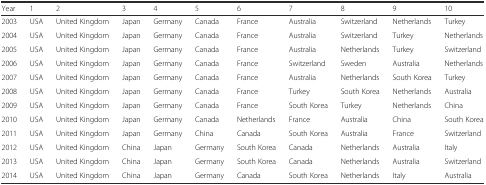
<table><thead><tr><td><b>Year</b></td><td><b>1</b></td><td><b>2</b></td><td><b>3</b></td><td><b>4</b></td><td><b>5</b></td><td><b>6</b></td><td><b>7</b></td><td><b>8</b></td><td><b>9</b></td><td><b>10</b></td></tr></thead><tbody><tr><td>2003</td><td>USA</td><td>United Kingdom</td><td>Japan</td><td>Germany</td><td>Canada</td><td>France</td><td>Australia</td><td>Switzerland</td><td>Netherlands</td><td>Turkey</td></tr><tr><td>2004</td><td>USA</td><td>United Kingdom</td><td>Japan</td><td>Germany</td><td>Canada</td><td>France</td><td>Australia</td><td>Switzerland</td><td>Turkey</td><td>Netherlands</td></tr><tr><td>2005</td><td>USA</td><td>United Kingdom</td><td>Japan</td><td>Germany</td><td>Canada</td><td>France</td><td>Australia</td><td>Netherlands</td><td>Turkey</td><td>Switzerland</td></tr><tr><td>2006</td><td>USA</td><td>United Kingdom</td><td>Japan</td><td>Germany</td><td>Canada</td><td>France</td><td>Switzerland</td><td>Sweden</td><td>Australia</td><td>Netherlands</td></tr><tr><td>2007</td><td>USA</td><td>United Kingdom</td><td>Japan</td><td>Germany</td><td>Canada</td><td>France</td><td>Australia</td><td>Netherlands</td><td>South Korea</td><td>Turkey</td></tr><tr><td>2008</td><td>USA</td><td>United Kingdom</td><td>Japan</td><td>Germany</td><td>Canada</td><td>France</td><td>Turkey</td><td>South Korea</td><td>Netherlands</td><td>Australia</td></tr><tr><td>2009</td><td>USA</td><td>United Kingdom</td><td>Japan</td><td>Germany</td><td>Canada</td><td>France</td><td>South Korea</td><td>Turkey</td><td>Netherlands</td><td>China</td></tr><tr><td>2010</td><td>USA</td><td>United Kingdom</td><td>Japan</td><td>Germany</td><td>Canada</td><td>Netherlands</td><td>France</td><td>Australia</td><td>China</td><td>South Korea</td></tr><tr><td>2011</td><td>USA</td><td>United Kingdom</td><td>Japan</td><td>Germany</td><td>China</td><td>Canada</td><td>South Korea</td><td>Australia</td><td>France</td><td>Switzerland</td></tr><tr><td>2012</td><td>USA</td><td>United Kingdom</td><td>China</td><td>Japan</td><td>Germany</td><td>South Korea</td><td>Canada</td><td>Netherlands</td><td>Australia</td><td>Italy</td></tr><tr><td>2013</td><td>USA</td><td>United Kingdom</td><td>China</td><td>Japan</td><td>Germany</td><td>South Korea</td><td>Canada</td><td>Netherlands</td><td>Australia</td><td>Switzerland</td></tr><tr><td>2014</td><td>USA</td><td>United Kingdom</td><td>China</td><td>Japan</td><td>Germany</td><td>Canada</td><td>South Korea</td><td>Netherlands</td><td>Italy</td><td>Australia</td></tr></tbody></table>